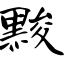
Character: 黢